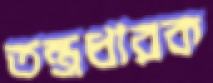
তন্ত্রধারক